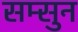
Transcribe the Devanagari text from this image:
सम्सुन